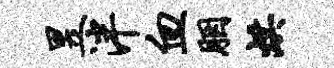
昱泮血胭烘